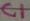
Text: C1